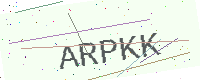
Text: ARPKK